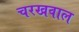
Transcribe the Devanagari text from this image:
चरखवाल